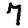
Digit: 7